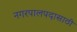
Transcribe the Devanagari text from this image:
नगरपालपदासाठी